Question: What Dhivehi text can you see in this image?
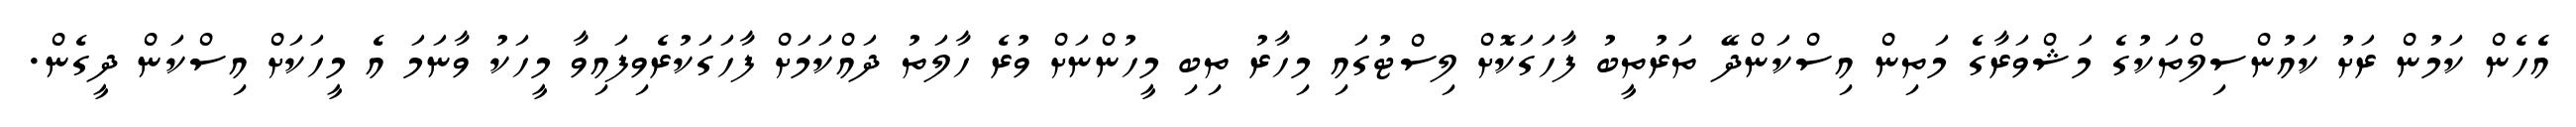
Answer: އެެހެން ކަމުން ރަށު ކައުންސިލްތަކުގެ މަޝްވަރާގެ މަތިން އިސްކަންދޭ ތަރުތީބު ފާހަގަކޮށް ލިސްޓުގައި މިހާރު ތިބި މީހުންނަށް ވުރެ ހާލަތު ދައްކަމަށް ފާހަގަކުރެވިފައިވާ މީހަކު ވާނަމަ އެ މީހަކަށް އިސްކަން ދީގެން.